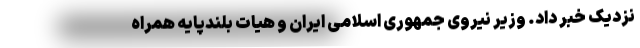
نزدیک خبر داد. وزیر نیروی جمهوری اسلامی ایران و هیات بلندپایه همراه